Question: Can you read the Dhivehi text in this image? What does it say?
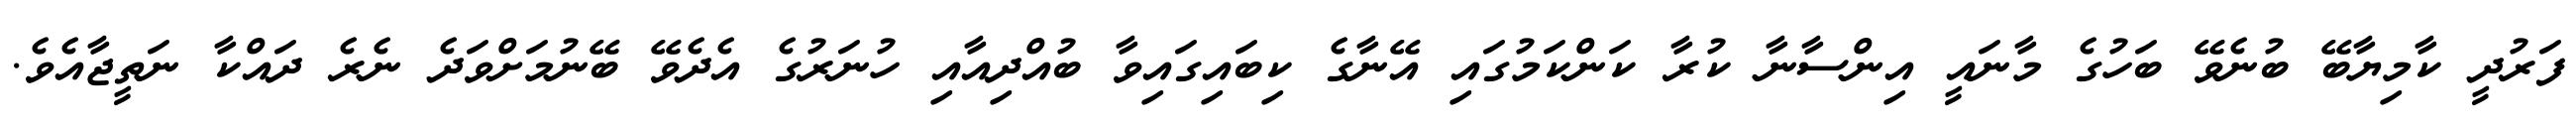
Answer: ފަރުދީ ކާމިޔާބޭ ބުނެވޭ ބަހުގެ މާނައީ އިންސާނާ ކުރާ ކަންކަމުގައި އޭނާގެ ކިބައިގައިވާ ބުއްދިއާއި ހުނަރުގެ އެދެވޭ ބޭނުމަށްވަދެ ނެރެ ދައްކާ ނަތީޖާއެވެ.